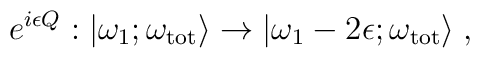
e^{i\epsilon Q}: |\omega_1; \omega_{\rm tot}\rangle\to|\omega_1-2\epsilon;\omega_{\rm tot}\rangle\; ,